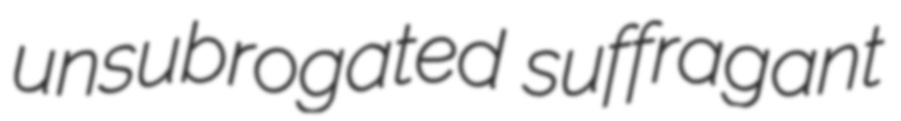
unsubrogated suffragant